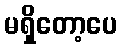
မရှိတော့ပေ